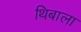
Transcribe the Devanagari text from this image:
थिबाला